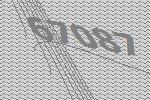
67087